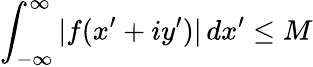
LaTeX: \int_{-\infty}^{\infty}|f(x^{\prime}+iy^{\prime})|\, dx^{\prime}\leq M